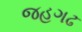
જહગઢ